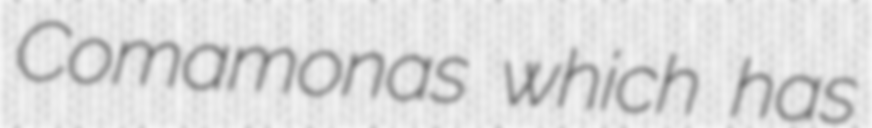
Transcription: Comamonas which has